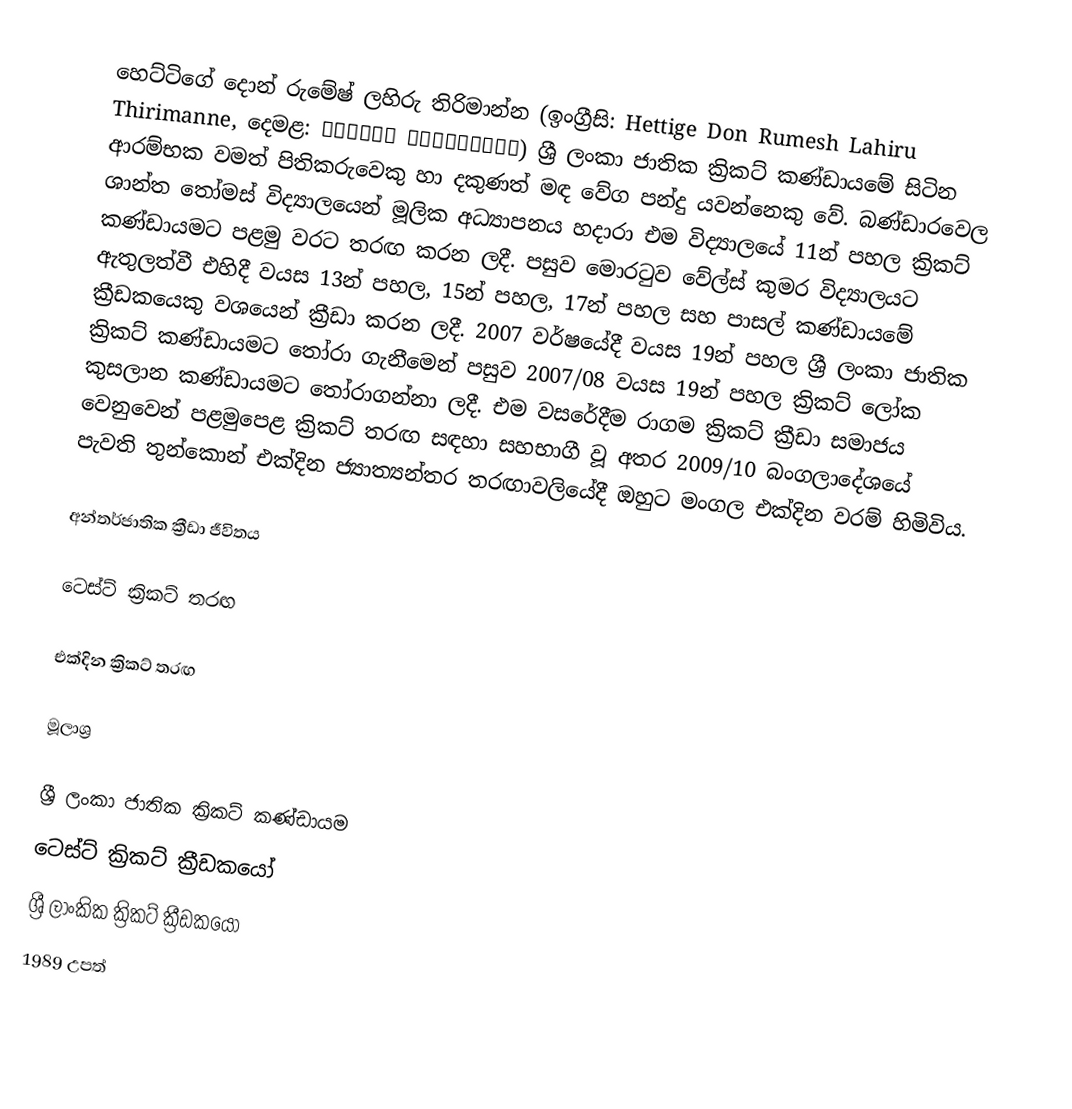
හෙට්ටිගේ දොන් රුමේෂ් ලහිරු තිරිමාන්න (ඉංග්‍රීසි: Hettige Don Rumesh Lahiru Thirimanne, දෙමළ: லாகிரு திரிமன்னே) ශ්‍රී ලංකා ජාතික ක්‍රිකට් කණ්ඩායමේ සිටින ආරම්භක වමත් පිතිකරුවෙකු හා දකුණත් මඳ වේග පන්දු යවන්නෙකු වේ. බණ්ඩාරවෙල ශාන්ත තෝමස් විද්‍යාලයෙන් මූලික අධ්‍යාපනය හදාරා එම විද්‍යාලයේ 11න් පහල ක්‍රිකට් කණ්ඩායමට පළමු වරට තරඟ කරන ලදී. පසුව මොරටුව වේල්ස් කුමර විද්‍යාලයට ඇතුලත්වී එහිදී වයස 13න් පහල, 15න් පහල, 17න් පහල සහ පාසල් කණ්ඩායමේ ක්‍රීඩකයෙකු වශයෙන් ක්‍රීඩා කරන ලදී. 2007 වර්ෂයේදී වයස 19න් පහල ශ්‍රී ලංකා ජාතික ක්‍රිකට් කණ්ඩායමට තෝරා ගැනීමෙන් පසුව 2007/08 වයස 19න් පහල ක්‍රිකට් ලෝක කුසලාන කණ්ඩායමට  තෝරාගන්නා ලදී. එම වසරේදීම රාගම ක්‍රිකට් ක්‍රීඩා සමාජය වෙනුවෙන් පළමුපෙළ ක්‍රිකට් තරඟ සඳහා සහභාගී වූ අතර 2009/10 බංගලාදේශයේ පැවති තුන්කොන් එක්දින ජ්‍යාත්‍යන්තර තරඟාවලියේදී ඔහුට මංගල එක්දින වරම් හිමිවිය.

අන්තර්ජාතික ක්‍රීඩා ජීවිතය

ටෙස්ට් ක්‍රිකට් තරඟ

එක්දින ක්‍රිකට් තරඟ

මූලාශ්‍ර

ශ්‍රී ලංකා ජාතික ක්‍රිකට් කණ්ඩායම
ටෙස්ට් ක්‍රිකට් ක්‍රීඩකයෝ
ශ්‍රී ලාංකික ක්‍රිකට් ක්‍රීඩකයෝ
1989 උපත්